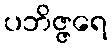
ပဘိဇ္ဇရေ